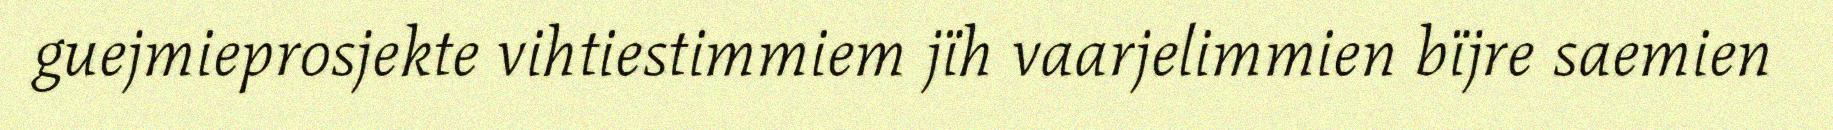
guejmieprosjekte vihtiestimmiem jïh vaarjelimmien bïjre saemien